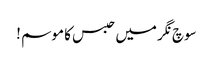
سوچ نگر میں حبس کا موسم !